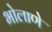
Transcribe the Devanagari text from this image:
भोलाणे